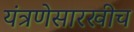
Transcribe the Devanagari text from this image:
यंत्रणेसारखीच